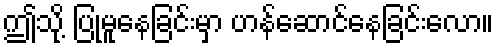
ဤသို့ ပြုမူနေခြင်းမှာ ဟန်ဆောင်နေခြင်းလော။